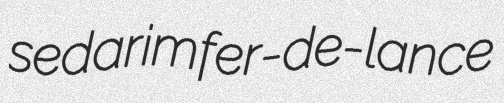
sedarim fer-de-lance